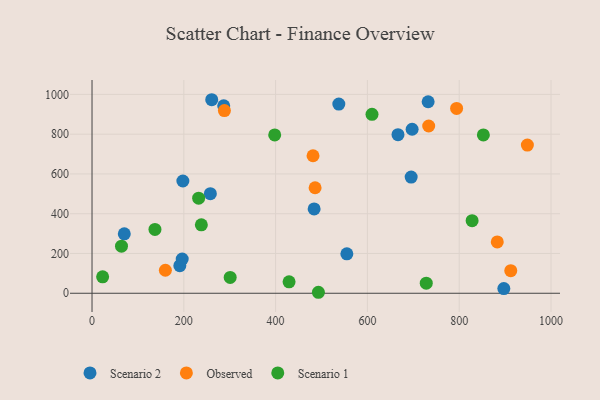
{"axis": {"x": "Distance", "y": "Demand"}, "legend": ["Observed", "Scenario 1", "Scenario 2"], "data": [{"x": "260.8", "y": 973.3, "type": "Scenario 2"}, {"x": "555.2", "y": 198.2, "type": "Scenario 2"}, {"x": "257.8", "y": 500.9, "type": "Scenario 2"}, {"x": "695.3", "y": 584.3, "type": "Scenario 2"}, {"x": "697.4", "y": 824.7, "type": "Scenario 2"}, {"x": "191.3", "y": 138.8, "type": "Scenario 2"}, {"x": "732.3", "y": 963.0, "type": "Scenario 2"}, {"x": "70.3", "y": 298.9, "type": "Scenario 2"}, {"x": "666.6", "y": 797.4, "type": "Scenario 2"}, {"x": "196.5", "y": 171.7, "type": "Scenario 2"}, {"x": "897.2", "y": 23.4, "type": "Scenario 2"}, {"x": "483.9", "y": 424.3, "type": "Scenario 2"}, {"x": "197.9", "y": 564.5, "type": "Scenario 2"}, {"x": "286.9", "y": 943.1, "type": "Scenario 2"}, {"x": "537.7", "y": 951.5, "type": "Scenario 2"}, {"x": "486.0", "y": 530.6, "type": "Observed"}, {"x": "288.4", "y": 918.9, "type": "Observed"}, {"x": "948.5", "y": 745.4, "type": "Observed"}, {"x": "159.8", "y": 115.6, "type": "Observed"}, {"x": "481.5", "y": 691.5, "type": "Observed"}, {"x": "882.9", "y": 258.0, "type": "Observed"}, {"x": "794.3", "y": 929.3, "type": "Observed"}, {"x": "733.5", "y": 841.1, "type": "Observed"}, {"x": "912.3", "y": 113.7, "type": "Observed"}, {"x": "64.2", "y": 236.8, "type": "Scenario 1"}, {"x": "137.1", "y": 321.0, "type": "Scenario 1"}, {"x": "301.0", "y": 79.8, "type": "Scenario 1"}, {"x": "398.0", "y": 796.3, "type": "Scenario 1"}, {"x": "23.1", "y": 82.8, "type": "Scenario 1"}, {"x": "728.2", "y": 50.7, "type": "Scenario 1"}, {"x": "852.6", "y": 796.1, "type": "Scenario 1"}, {"x": "610.0", "y": 900.0, "type": "Scenario 1"}, {"x": "238.2", "y": 343.9, "type": "Scenario 1"}, {"x": "828.1", "y": 365.0, "type": "Scenario 1"}, {"x": "429.3", "y": 57.5, "type": "Scenario 1"}, {"x": "493.2", "y": 4.9, "type": "Scenario 1"}, {"x": "232.3", "y": 478.1, "type": "Scenario 1"}]}